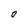
Character: 0